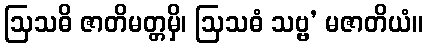
ဩသဓိ ဇာတိမတ္တမှိ၊ ဩသဓံ သဗ္ဗ’ မဇာတိယံ။